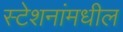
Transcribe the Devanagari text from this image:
स्टेशनांमधील